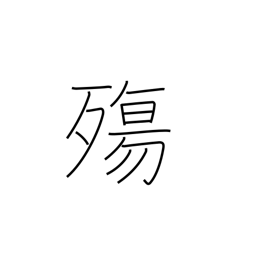
Meaning: dying at a young age